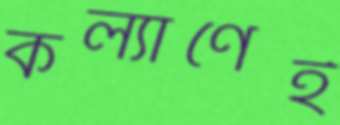
কল্যাণেই